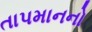
તાપમાનનો